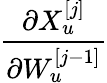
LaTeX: \frac{\partial X_{u}^{[j]}}{\partial W_{u}^{[j-1]}}